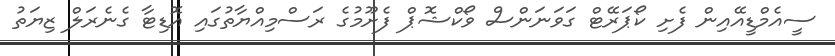
ސީއެމްޑީއޭއިން ފެށި ކޯޕަރޭޓް ގަވަނަންސް ވޯކްޝޮޕް ފެށޫމުގެ ރަސްމިއްޔާތުގައި އޮޑިޓާ ގެނެރަލް ޒިޔަތު